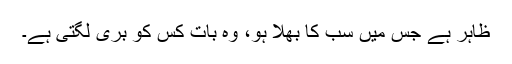
ظاہر ہے جس میں سب کا بھلا ہو، وہ بات کس کو بری لگتی ہے۔